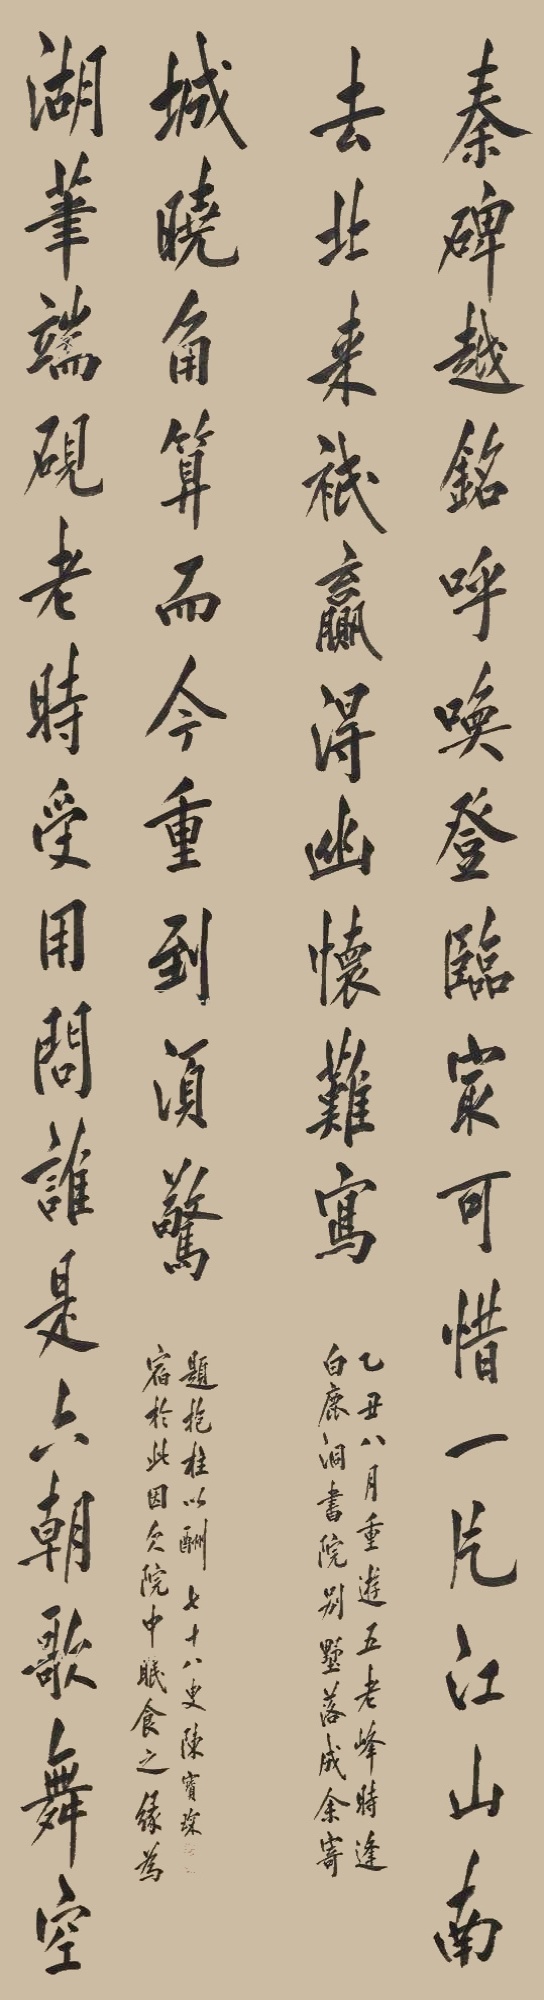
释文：秦碑越铭呼唤登临家可惜一片江山南去北来只赢得幽怀难写。湖笔端砚老时受用问谁是六朝歌舞空城晓角算而今重到须惊。乙丑八月重游五老峰时逢白鹿洞书院别墅落成余寄。宿于此因欠院中眠食之缘未题抱柱已酬七十八叟陈宝琛。